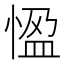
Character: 𭝳